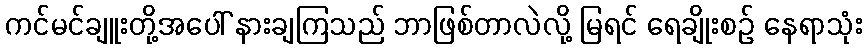
ကင်မင်ချူးတို့အပေါ် နားချကြသည် ဘာဖြစ်တာလဲလို့ မြရင် ရေချိုးစဉ် နေရာသုံး